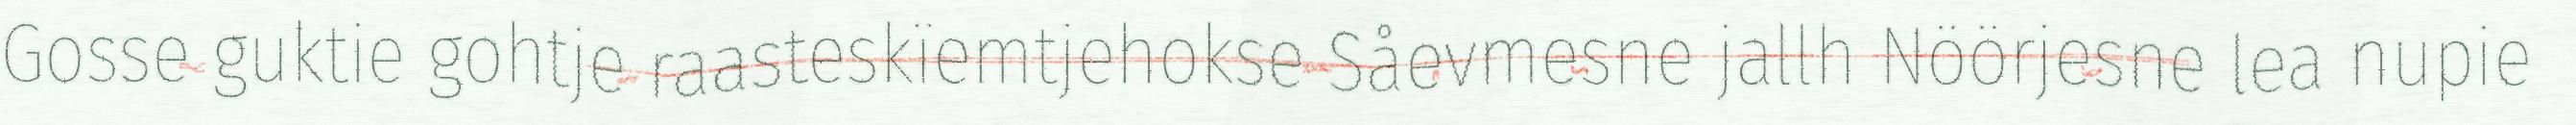
Gosse guktie gohtje raasteskïemtjehokse Såevmesne jallh Nöörjesne lea nupie